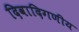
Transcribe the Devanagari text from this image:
दिवादिगणीय